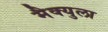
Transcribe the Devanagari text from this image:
मैक्युला